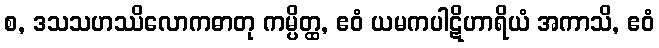
စ, ဒသသဟဿိလောကဓာတု ကမ္ပိတ္ထ, ဧဝံ ယမကပါဋိဟာရိယံ အကာသိ, ဧဝံ